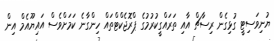
ޔުނިވަސިޓީ ގުޅިގެން ރިސާޗް އާއި ތަރައްގީކުރުމުގެ ޕްރޮޖެކްޓްތައް ހިންގާނެ ކަމަށްވެސް އައިޔޫއެމް އިން